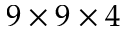
9 \times 9 \times 4